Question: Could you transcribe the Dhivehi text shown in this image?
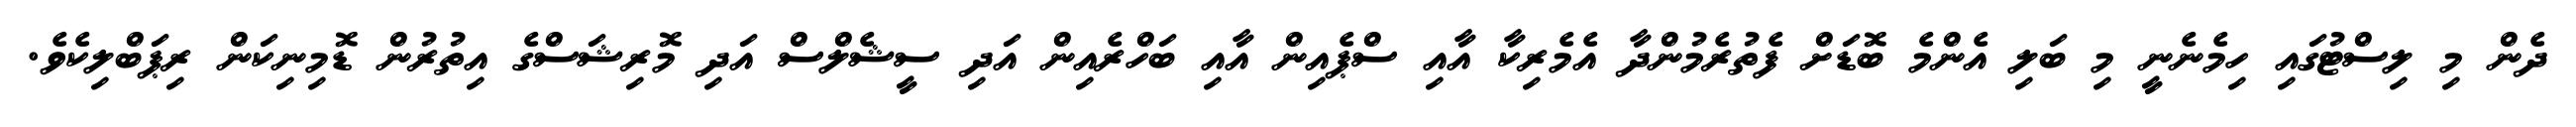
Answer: ދެން މި ލިސްޓުގައި ހިމެނެނީ މި ބަލި އެންމެ ބޮޑަށް ފެތުރެމުންދާ އެމެރިކާ އާއި ސްޕެއިން އާއި ބަހްރެއިން އަދި ސީޝެލްސް އަދި މޮރިޝަސްގެ އިތުރުން ޑޮމިނިކަން ރިޕަބްލިކެވެ.